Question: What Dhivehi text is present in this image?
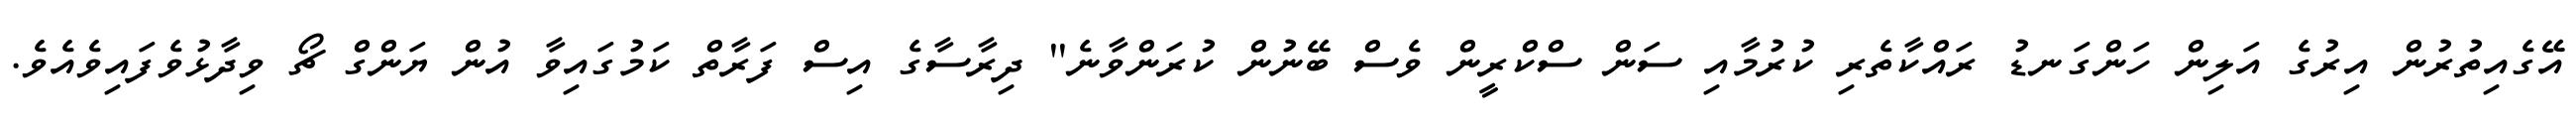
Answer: އޭގެއިތުރުން އިރުގެ އަލިން ހަންގަނޑު ރައްކާތެރި ކުރުމާއި ސަން ސްކްރީން ވެސް ބޭނުން ކުރަންވާނެ'' ދިރާސާގެ އިސް ފަރާތް ކަމުގައިވާ އުން ޔަންގް ޗޯ ވިދާޅުވެފައިވެއެވެ.